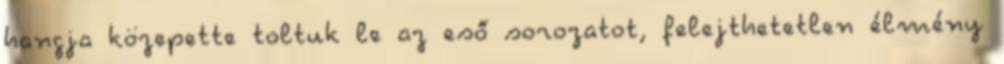
hangja közepette toltuk le az eső sorozatot, felejthetetlen élmény